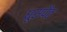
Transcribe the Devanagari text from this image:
घूसपैठ